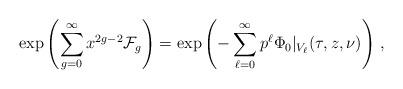
LaTeX: \begin{align*}\exp\left(\sum_{g=0}^\infty x^{2g-2}\mathcal{F}_g\right)= \exp\left(-\sum_{\ell=0}^\infty p^\ell \Phi_0\vert_{V_\ell}(\tau,z,\nu)\right)\,,\end{align*}